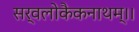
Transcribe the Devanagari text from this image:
सर्वलोकैकनाथम्।।